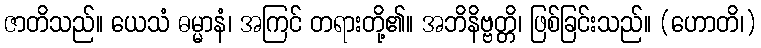
ဇာတိသည်။ ယေသံ ဓမ္မာနံ၊ အကြင် တရားတို့၏။ အဘိနိဗ္ဗတ္တိ၊ ဖြစ်ခြင်းသည်။ (ဟောတိ၊)